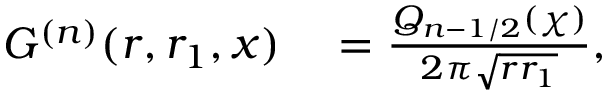
\begin{array} { r l } { G ^ { ( n ) } ( r , r _ { 1 } , x ) } & { { } = \frac { Q _ { n - 1 / 2 } ( \chi ) } { 2 \pi \sqrt { r r _ { 1 } } } , } \end{array}